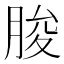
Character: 朘